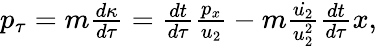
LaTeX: \begin{array}{r}{p_{\tau}=m\frac{d\kappa}{d\tau}=\frac{dt}{d\tau}\frac{p_{x}}{u_{2}}-m\frac{\dot{u_{2}}}{u_{2}^{2}}\frac{dt}{d\tau}x,}\end{array}